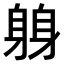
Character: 𫏬